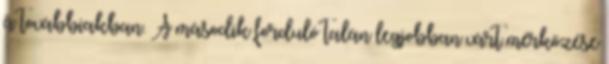
a továbbiakban. A második forduló talán legjobban várt mérkőzése